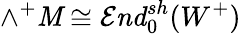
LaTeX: \wedge^{+}\mathit{M}\cong{\mathcal{{E}}}{\mathit{{nd}}}_{0}^{sh}(W^{+})